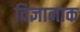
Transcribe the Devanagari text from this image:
विज्ञानाक